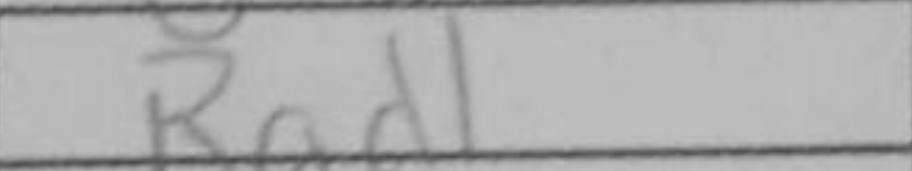
Transcription: Rad1